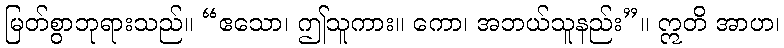
မြတ်စွာဘုရားသည်။ “ဧသော၊ ဤသူကား။ ကော၊ အဘယ်သူနည်း”။ ဣတိ အာဟ၊